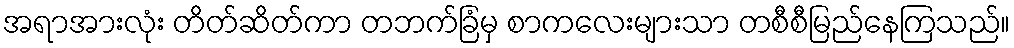
အရာအားလုံး တိတ်ဆိတ်ကာ တဘက်ခြံမှ စာကလေးများသာ တစီစီမြည်နေကြသည်။